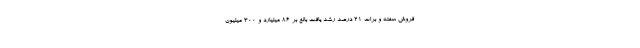
فروش سفته و برات ۲۱ درصد رشد یافت بالغ بر ۸۶ میلیارد و ۳۰۰ میلیون